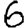
Digit: 6